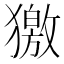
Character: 獥